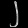
Digit: ၂